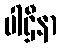
ပါဌီနာ